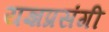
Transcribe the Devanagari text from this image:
यज्ञप्रसंगी